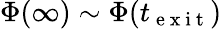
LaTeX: \Phi(\infty)\sim\Phi(t_{\mathrm{~e~x~i~t~}})